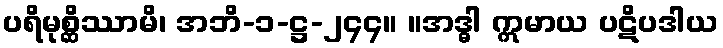
ပရိမုစ္ဆိဿာမိ၊ အဘိ-၁-ဋ္ဌ-၂၄၄။ ။အဒ္ဓါ ဣမာယ ပဋိပဒါယ